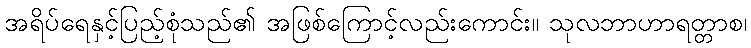
အရိပ်ရေနှင့်ပြည့်စုံသည်၏ အဖြစ်ကြောင့်လည်းကောင်း။ သုလဘာဟာရတ္တာစ၊